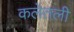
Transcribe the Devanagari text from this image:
कलेतली